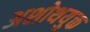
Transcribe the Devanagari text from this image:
अशोथयुक्त